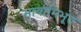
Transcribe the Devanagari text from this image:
भावाभिभूत